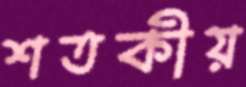
শতকীয়